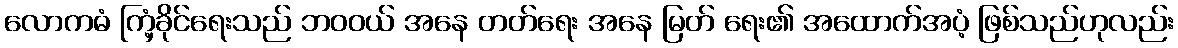
လောကဓံ ကြံ့ခိုင်ရေးသည် ဘဝဝယ် အနေ တတ်ရေး အနေ မြတ် ရေး၏ အထောက်အပံ့ ဖြစ်သည်ဟုလည်း